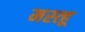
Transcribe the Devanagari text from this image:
मस्त्हू